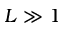
L \gg 1